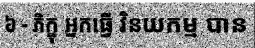
៦ - ភិក្ខុ អ្នកធ្វើ វិនយកម្ម បាន